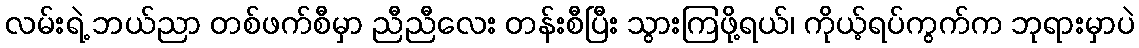
လမ်းရဲ့ ဘယ်ညာ တစ်ဖက်စီမှာ ညီညီလေး တန်းစီပြီး သွားကြဖို့ရယ်၊ ကိုယ့်ရပ်ကွက်က ဘုရားမှာပဲ